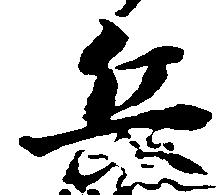
兵